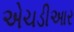
એચડીઆર